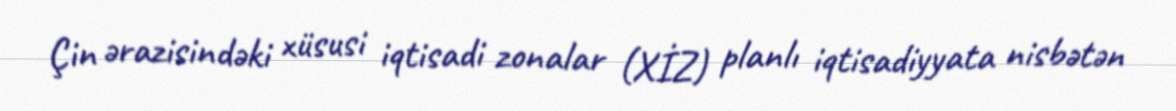
Çin ərazisindəki xüsusi iqtisadi zonalar (XİZ) planlı iqtisadiyyata nisbətən